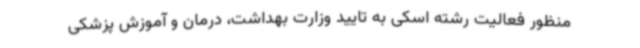
منظور فعالیت رشته اسکی به تایید وزارت بهداشت، درمان و آموزش پزشکی